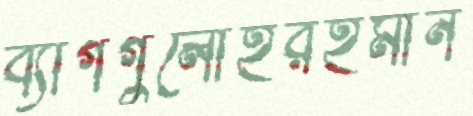
ব্যাগগুলোইরহমান